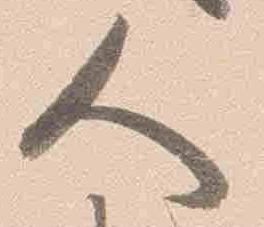
人